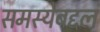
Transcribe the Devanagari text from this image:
समस्येबद्दल